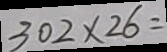
3 0 2 \times 2 6 =